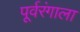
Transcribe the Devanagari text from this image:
पूर्वरंगाला